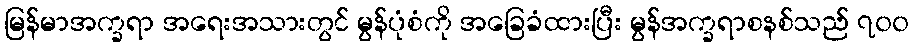
မြန်မာအက္ခရာ အရေးအသားတွင် မွန်ပုံစံကို အခြေခံထားပြီး မွန်အက္ခရာစနစ်သည် ၇၀၀